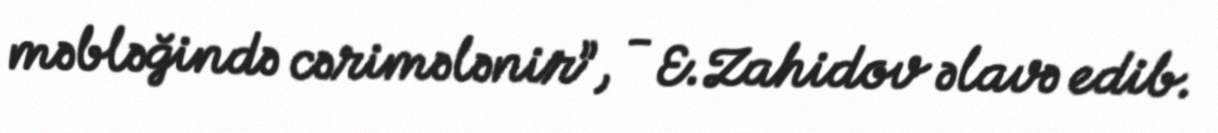
məbləğində cərimələnir”, - E.Zahidov əlavə edib.